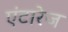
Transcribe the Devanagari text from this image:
एंटारेज